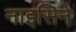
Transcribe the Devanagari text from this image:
नाइसिने